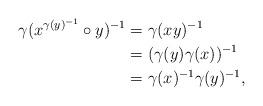
LaTeX: \begin{align*} \gamma( x^{\gamma(y)^{-1}} \circ y )^{-1} &= \gamma( x y )^{-1} \\&= (\gamma(y) \gamma(x))^{-1} \\&= \gamma(x)^{-1} \gamma(y)^{-1}, \end{align*}